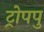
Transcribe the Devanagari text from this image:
ट्रोपपु